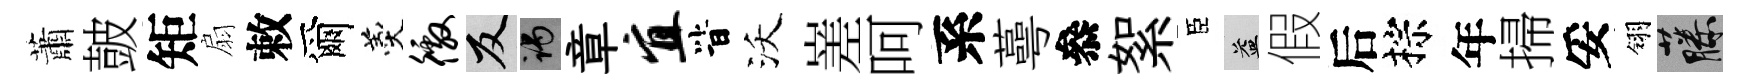
蕭皷矩扇敕爾羹徼反谒章宜𣅜沃嵳呵系蕚叅絮臣益假后棕年掃妥翎藤